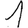
Digit: 1